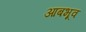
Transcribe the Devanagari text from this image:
आबभूव